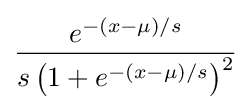
{\frac {e^{-(x-\mu )/s}}{s\left(1+e^{-(x-\mu )/s}\right)^{2}}}